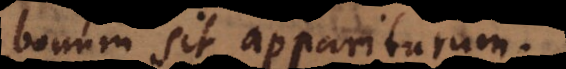
bonum sit appariturum.